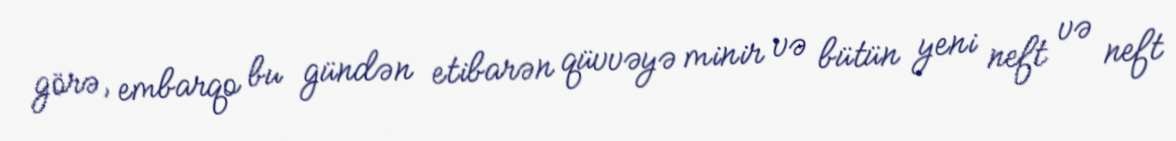
görə, embarqo bu gündən etibarən qüvvəyə minir və bütün yeni neft və neft